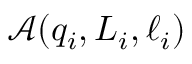
\mathscr { A } \! \left( q _ { i } , L _ { i } , \ell _ { i } \right)